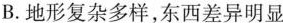
B.地形复杂多样，东西差异明显